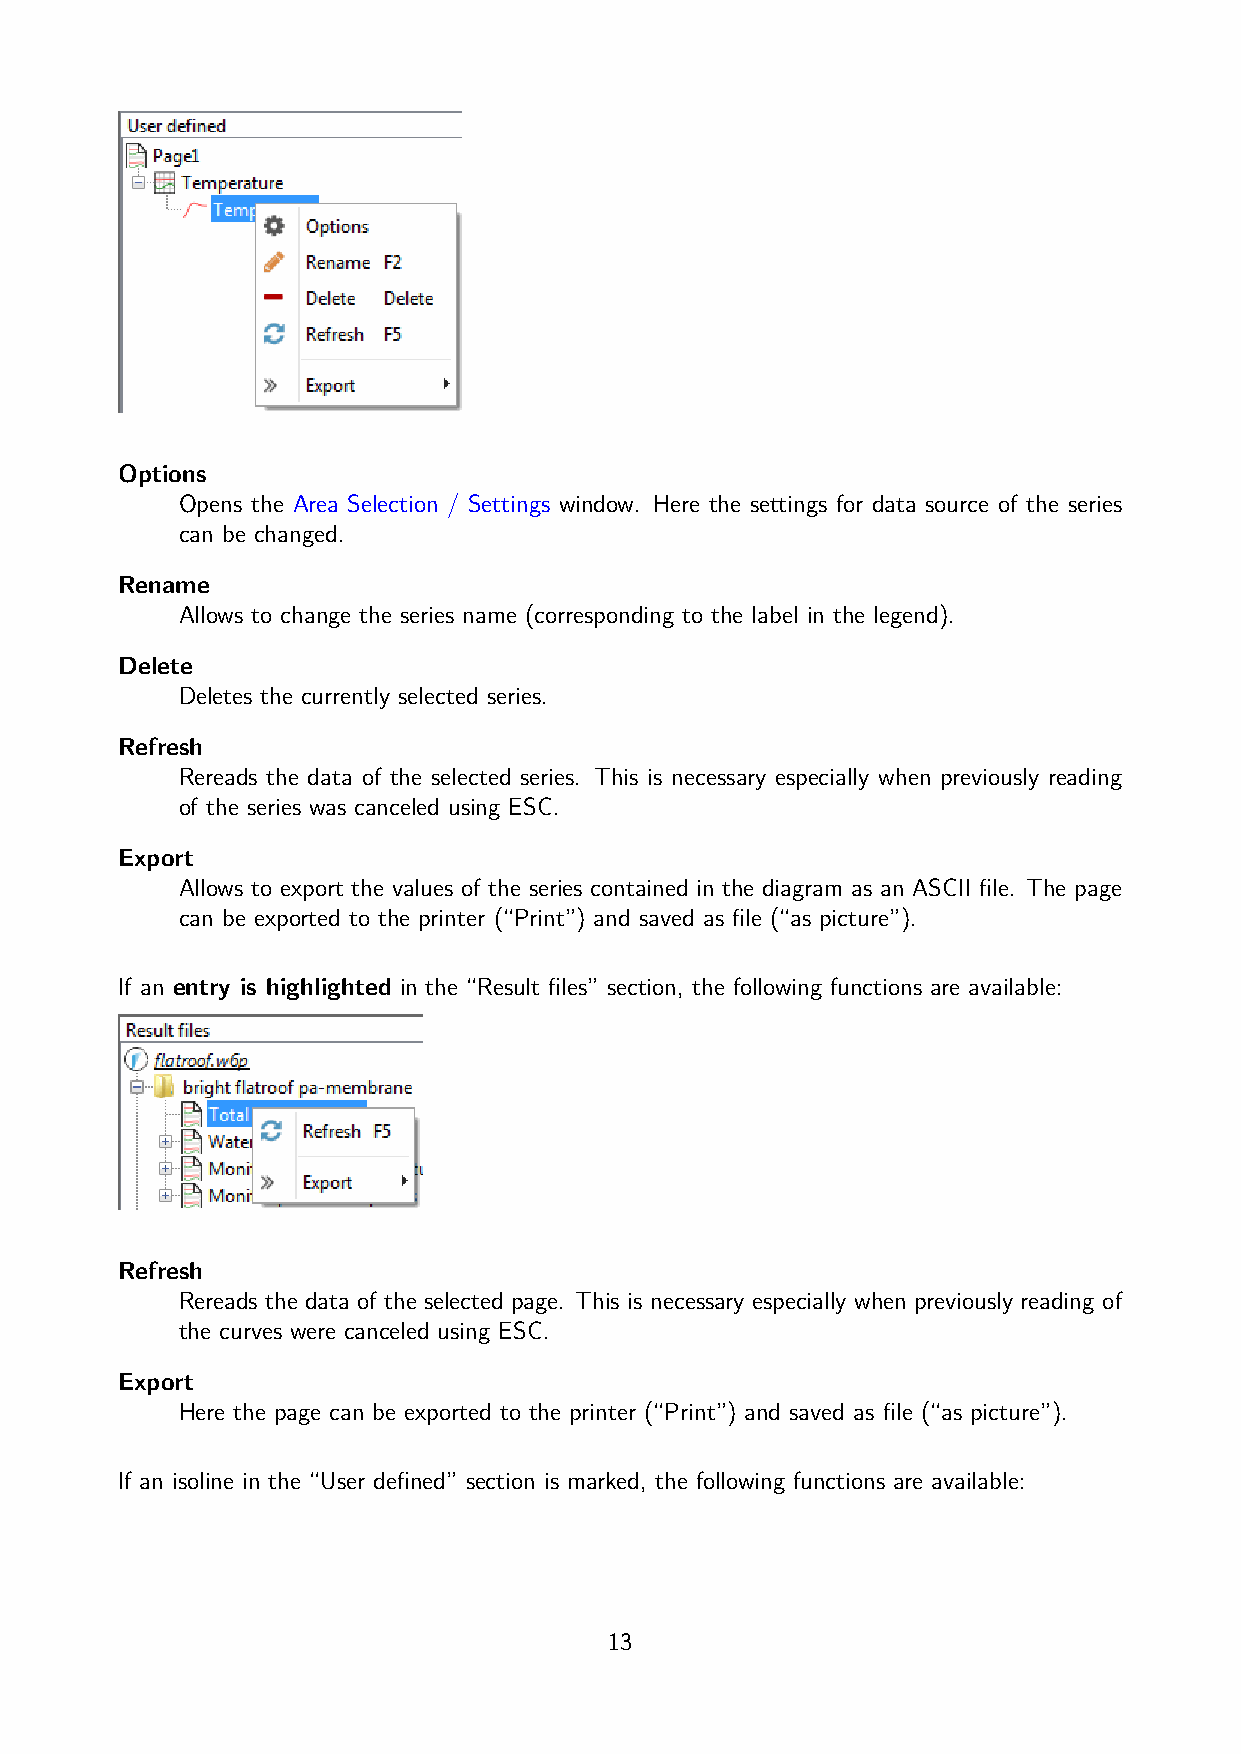
Options
 Opens the Area Selection / Settings window. Here the settings for data source of the series
 can be changed.
 Rename
 Allows to change the series name (corresponding to the label in the legend).
 Delete
 Deletes the currently selected series.
 Refresh
 Rereads the data of the selected series. This is necessary especially when previously reading
 of the series was canceled using ESC.
 Export
 Allows to export the values of the series contained in the diagram as an ASCII file. The page
 can be exported to the printer (“Print”) and saved as file (“as picture”).
 If an entry is highlighted in the “Result files” section, the following functions are available:
 Refresh
 Rereads the data of the selected page. This is necessary especially when previously reading of
 the curves were canceled using ESC.
 Export
 Here the page can be exported to the printer (“Print”) and saved as file (“as picture”).
 If an isoline in the “User defined” section is marked, the following functions are available:
 13